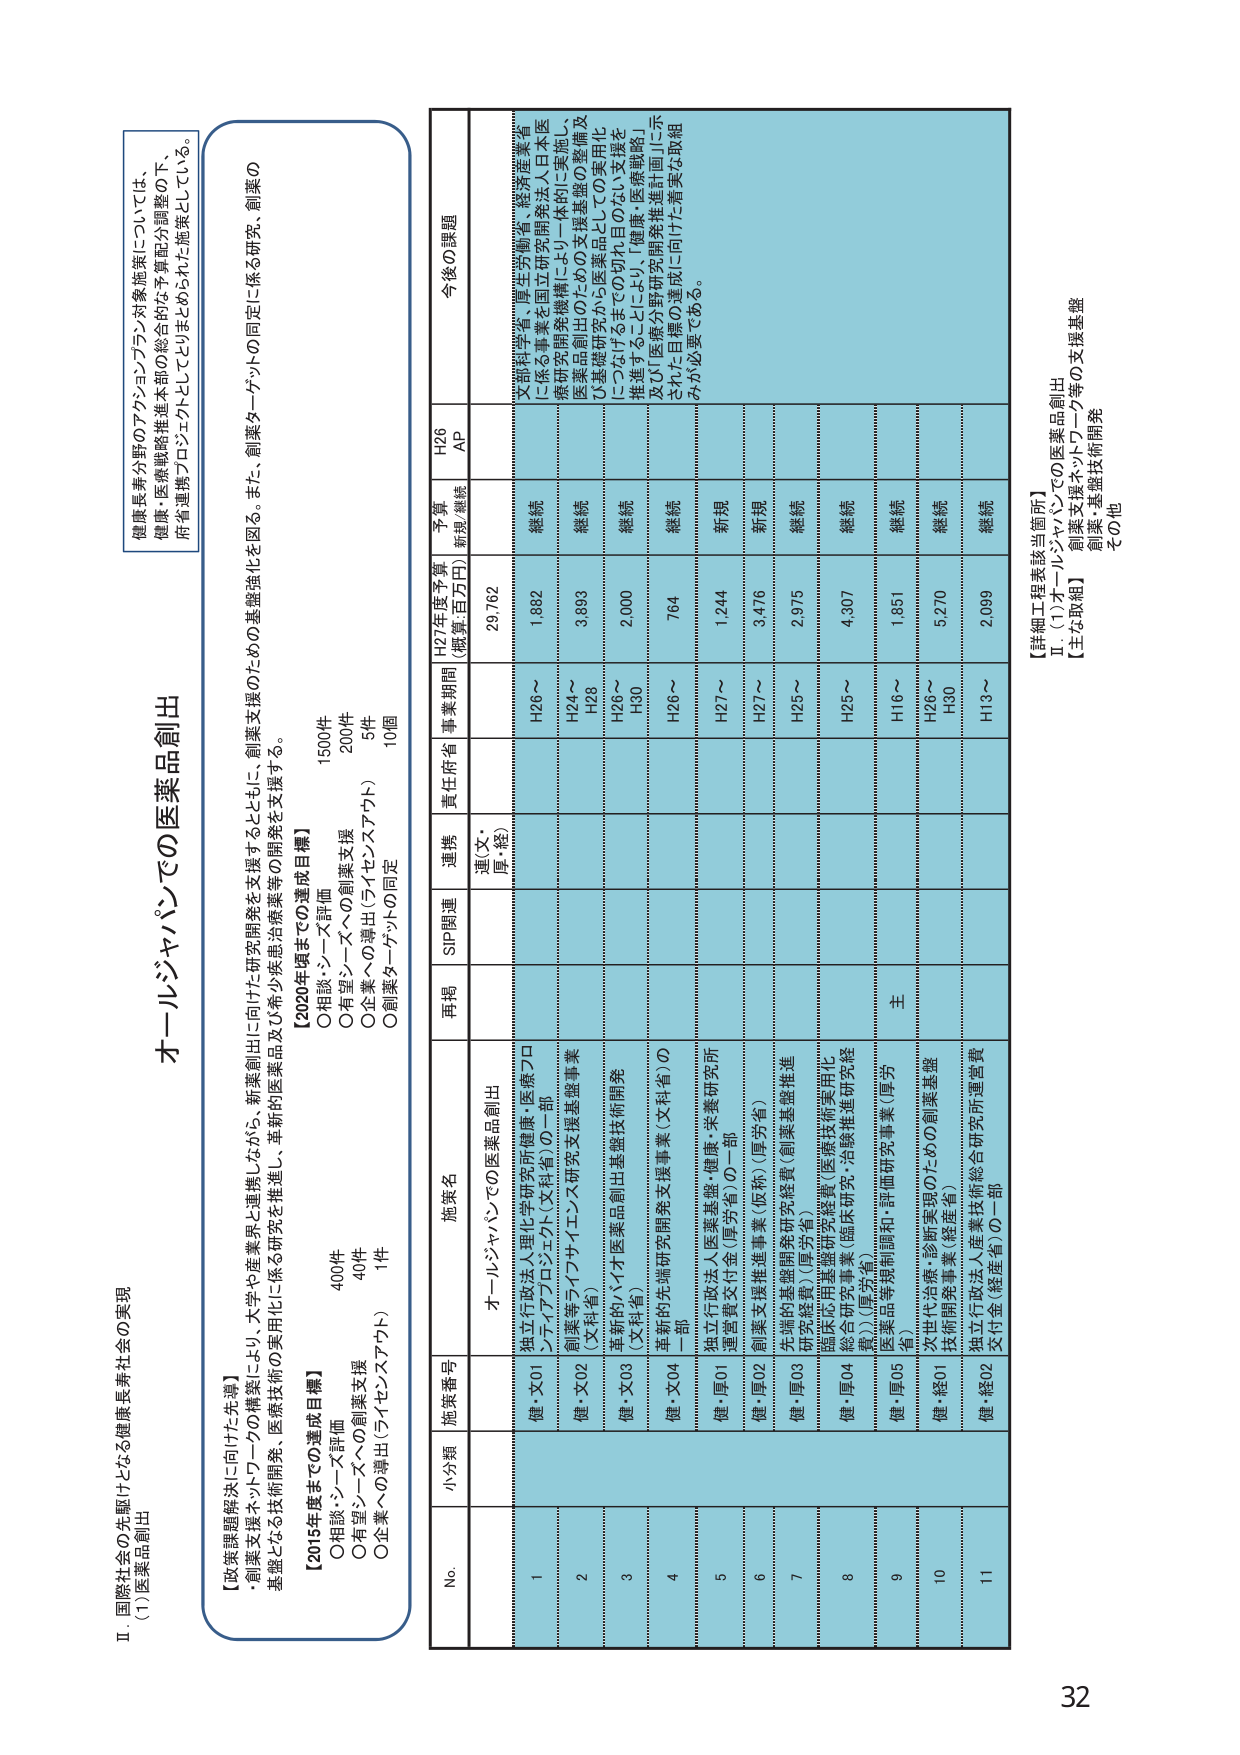
Ⅱ 国際社会の先駆けとなる健康長寿社会の実現
(1) 医薬品創出

【政策課題解決に向けた先導】
・創業支援ネットワークの構築により、大学や産業界と連携しながら、新薬創出に向けた研究開発を支援するとともに、創業支援のための基盤強化を図る。また、創業ターゲットの同定に係る研究、創業の基盤となる技術開発、医療技術の実用化に係る研究を推進し、革新的医薬品及び希少疾患治療薬等の開発を支援する。

【2015年度までの達成目標】
〇相談・シーズ評価 400件
〇有望シーズへの創業支援 40件
〇企業への導出（ライセンスアウト） 1件

【2020年度までの達成目標】
〇相談・シーズ評価 1500件
〇有望シーズへの創業支援 200件
〇企業への導出（ライセンスアウト） 5件
〇創業ターゲットの同定 10個

オールジャパンでの医薬品創出

健康長寿分野のアクションプラン対象施策については、
健康・医療戦略推進本部の総合的な予算配分調整の下、
府省連携プロジェクトとしてとりまとめられた施策している。

No. 小分類 施策番号 施策名 再掲 SIP関連 連携 責任府省 事業期間 H27年度予算 （概算:百万円） 予算 新規/継続 H26 AP 今後の課題

1 健・X01 独立行政法人理化学研究所健康・医療プロジェクトアプローチ（文科省）の一部 オールジャパンでの医薬品創出 連（文・厚・経） H26～ 29,762 継続 文部科学省・厚生労働省・経済産業省に係る事業を国立研究開発法人日本医療研究開発機構に統一的に実施し、医薬品創出のための支援基盤の整備及び基礎研究から医薬品としての実用化につなげるまでの切れ目のない支援を推進することにより、「健康・医療戦略」及び「医療分野研究開発推進計画」に示された目標の達成に向けた着実な取組みが必要である。

2 健・X02 創業等ライフケアイノベーション支援基盤事業（文科省） H24～ H28 1,882 継続

3 健・X03 革新的バイオ医薬品創出基盤技術開発（文科省） H26～ H30 3,893 継続

4 健・X04 革新的先端研究開発支援事業（文科省）の一部 H26～ 2,000 継続

5 健・厚01 独立行政法人医薬基盤・健康・栄養研究所運営費交付金（厚労省）の一部 H27～ 764 新規

6 健・厚02 創薬支援推進事業（仮称）（厚労省） H27～ 1,244 新規

7 健・厚03 先端的基礎開発研究経費（創薬基盤推進研究経費）（厚労省） H25～ 3,476 継続

8 健・厚04 臨床応用基盤研究経費（医療技術実用化総合研究事業（臨床研究・治験推進研究経費））（厚労省） H25～ 2,975 継続

9 健・厚05 医薬品等規制開発と評価研究事業（厚労省） 主 4,307 継続

10 健・経01 次世代治療・診断実現のための創薬基盤技術開発事業（経産省） H16～ H26～ 1,851 継続

11 健・経02 独立行政法人産業技術総合研究所運営費交付金（経産省）の一部 H30 5,270 継続

H13～ 2,099 継続

【詳細工程表該当箇所】
Ⅱ. (1) オールジャパンでの医薬品創出
【主な取組】
創業支援ネットワーク等の支援基盤
創業・基盤技術開発
その他

32